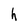
Character: h